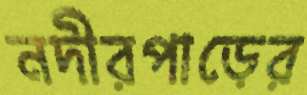
নদীরপাড়ের